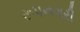
રૂપનગરી